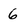
Character: 6